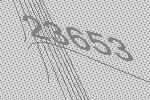
23653